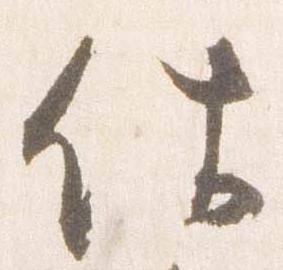
件